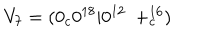
V _ { 7 } = ( 0 _ { c } 0 ^ { 1 8 } | 0 ^ { 1 2 } \ + _ { c } ^ { 1 6 } )